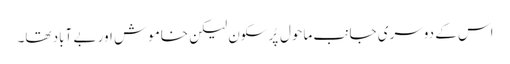
اس کے دوسری جانب ماحول پُرسکون لیکن خاموش اور بے آباد تھا۔